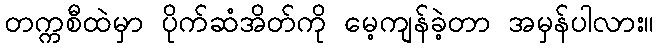
တက္ကစီထဲမှာ ပိုက်ဆံအိတ်ကို မေ့ကျန်ခဲ့တာ အမှန်ပါလား။